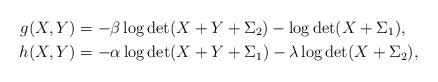
LaTeX: \begin{align*} g(X,Y) &= - \beta \log\det (X+Y+\Sigma_2) - \log\det (X+\Sigma_1), \\ h(X,Y) &= -\alpha \log\det (X+Y+\Sigma_1) - \lambda \log\det(X+\Sigma_2),\end{align*}